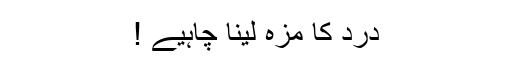
درد کا مزہ لینا چاہیے !